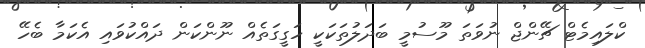
ކްލައިމެޓް ޗޭންޖް ނުވަތަ މޫސުމީ ބަދަލުތަކަކީ ހަގީގަތެއް ނޫންކަން ދައްކުވައި އެކަމާ ބެހޭ